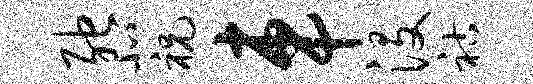
弛北祝车没祜